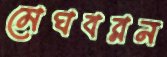
মেঘবরন